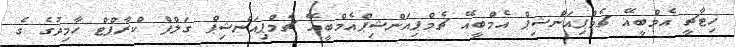
ހިޓާޗީ އެމްބީއޭ ޗެމްޕިއަންޝިޕް އެމްބީއޭ ޗެމްޕިއަންޝިޕްއެމްބީއޭ ޗެމްޕިއަންޝިޕް ގަލްފް ކްރާފްޓް ހާމިދުގެ ގެ